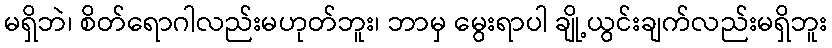
မရှိဘဲ၊ စိတ်ရောဂါလည်းမဟုတ်ဘူး၊ ဘာမှ မွေးရာပါ ချို့ယွင်းချက်လည်းမရှိဘူး